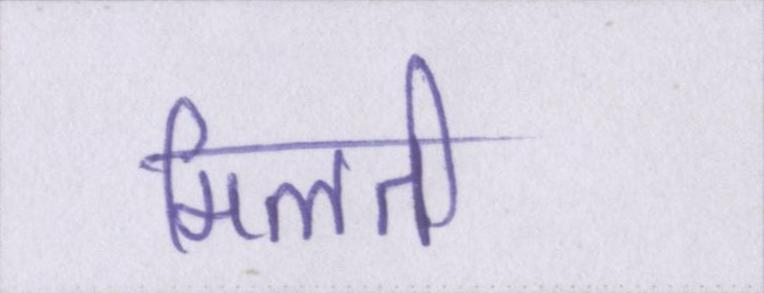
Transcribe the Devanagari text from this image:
मिलती